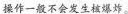
操作一般不会发生核爆炸。